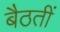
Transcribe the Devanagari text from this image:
बैठतीं